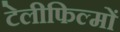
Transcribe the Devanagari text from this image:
टेलीफिल्मों